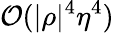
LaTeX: \mathcal{O}(|\rho|^{4}\eta^{4})